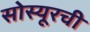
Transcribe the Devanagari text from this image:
सोस्यूरची